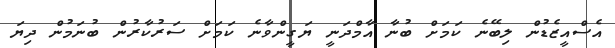
އެސްއީޒެޑުން ލިބޭނެ ކަމަށް ބުނާ އާމްދަނީ ޔަގީންވާނެ ކަމަށް ސަރުކާރުން ބުނަމުން ދިޔަ